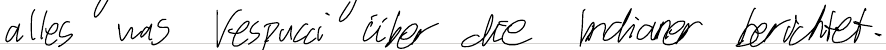
alles was Vespucci über die Indianer berichtet.